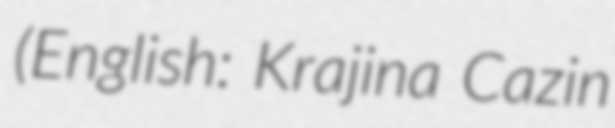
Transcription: (English: Krajina Cazin